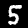
Label: 5